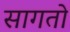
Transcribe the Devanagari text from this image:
सागतो